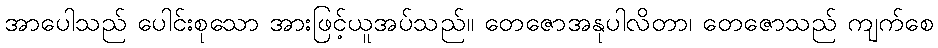
အာပေါသည် ပေါင်းစုသော အားဖြင့်ယူအပ်သည်။ တေဇောအနုပါလိတာ၊ တေဇောသည် ကျက်စေ